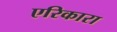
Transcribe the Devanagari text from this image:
एरिकारा